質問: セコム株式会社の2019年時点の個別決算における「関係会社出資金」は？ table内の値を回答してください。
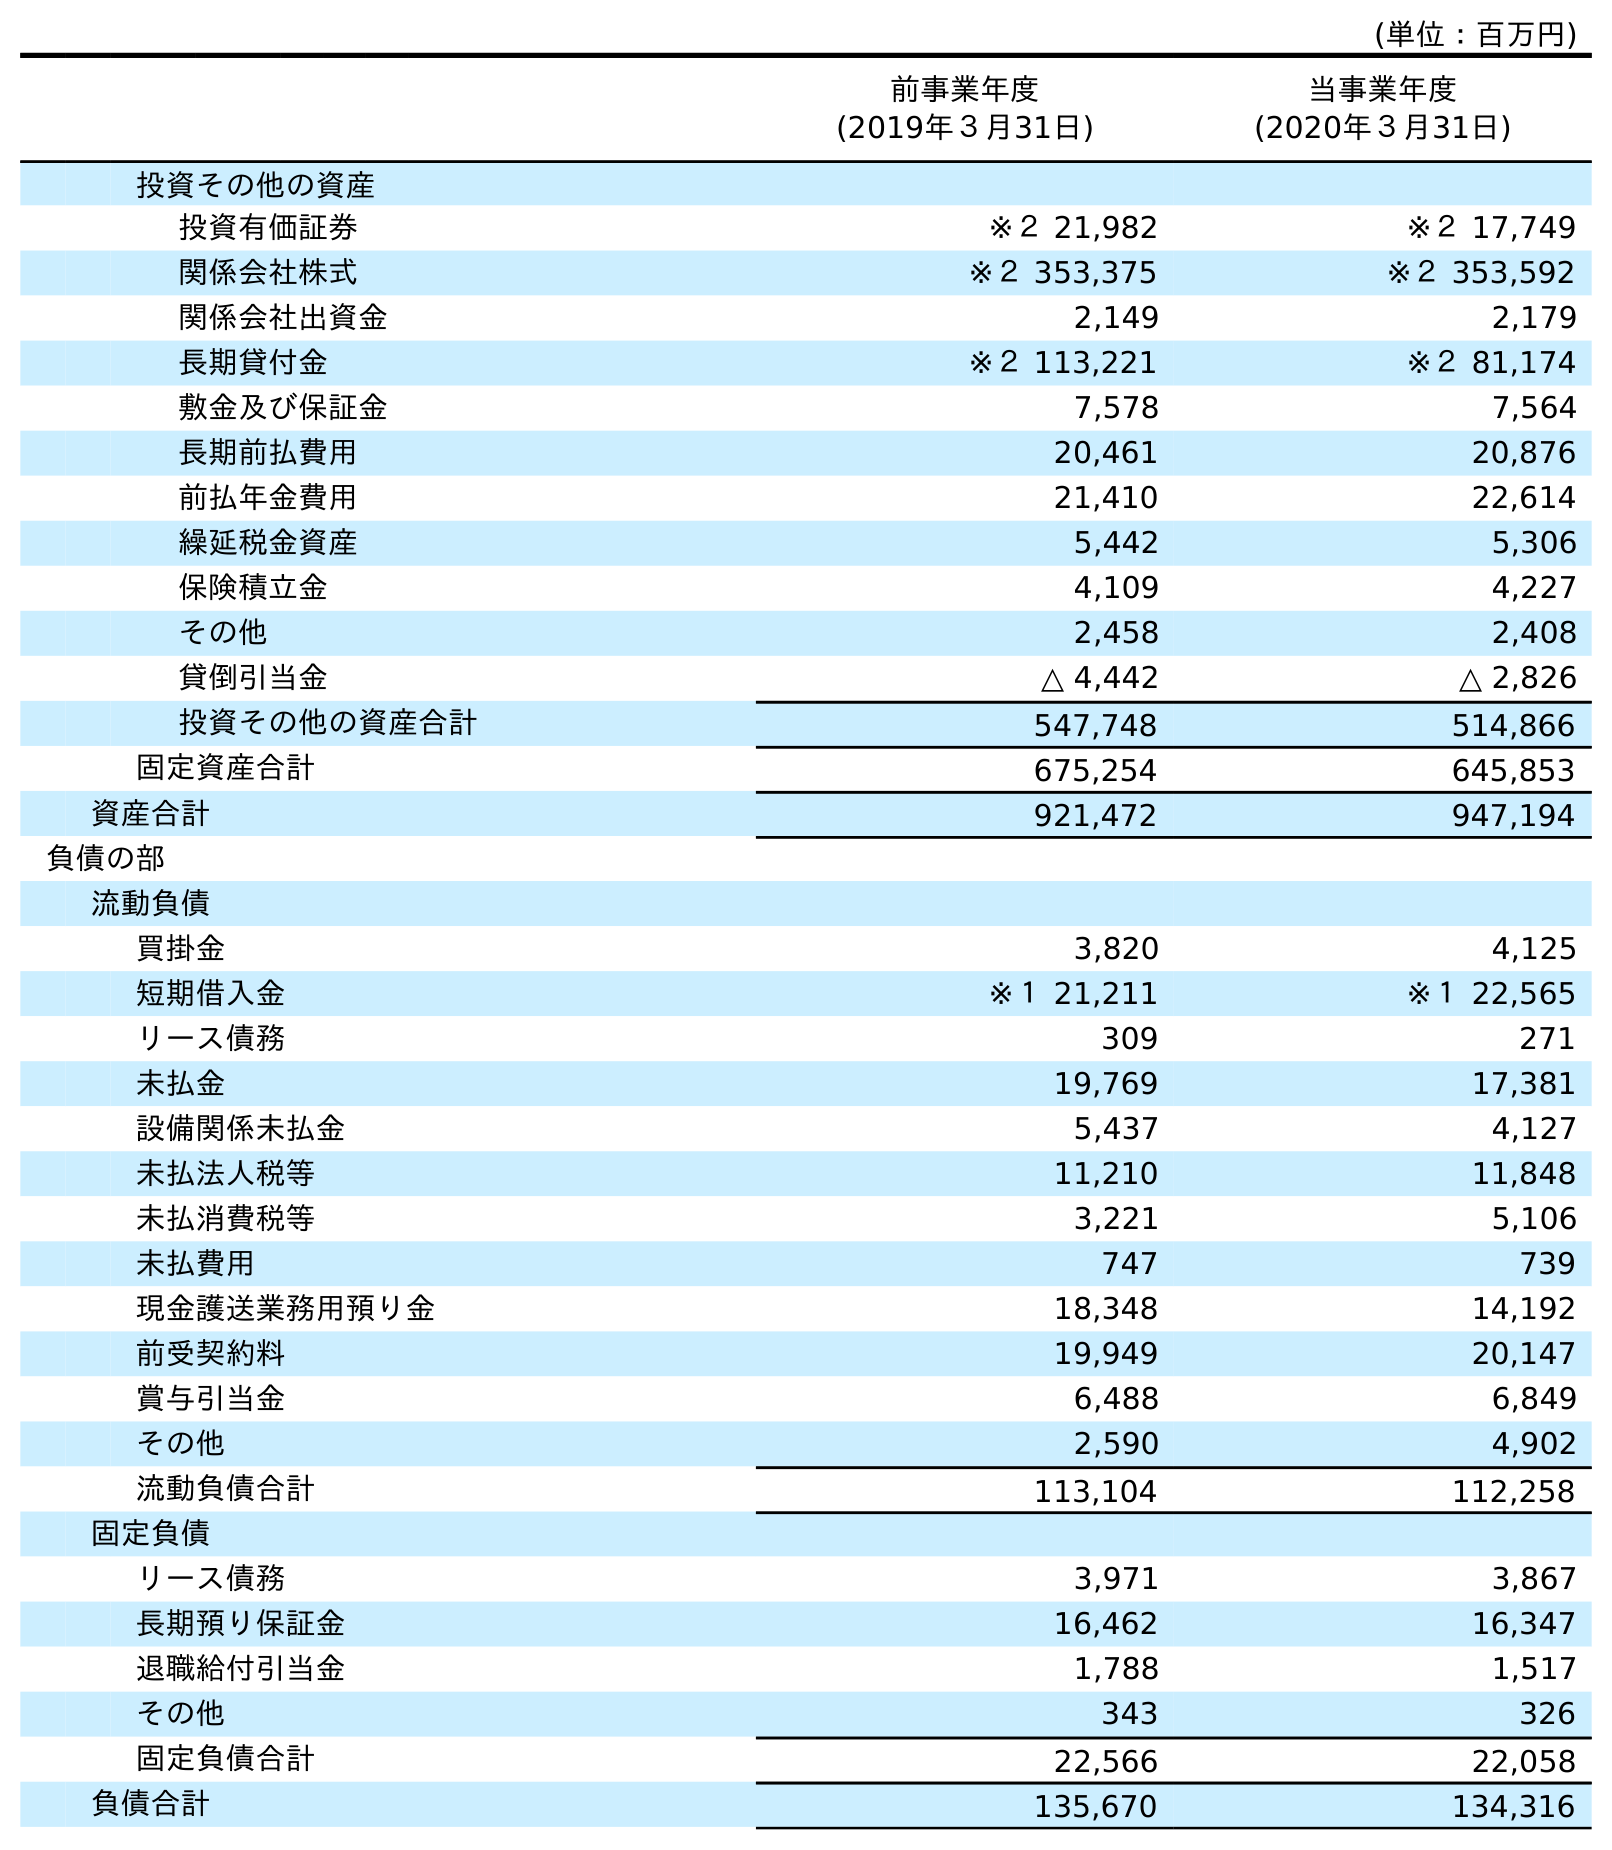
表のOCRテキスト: (単位：百万円) 前事業年度 (2019年３月31日) 当事業年度 (2020年３月31日) 投資その他の資産 投資有価証券 ※２ 21,982 ※２ 17,749 関係会社株式 ※２ 353,375 ※２ 353,592 関係会社出資金 2,149 2,179 長期貸付金 ※２ 113,221 ※２ 81,174 敷金及び保証金 7,578 7,564 長期前払費用 20,461 20,876 前払年金費用 21,410 22,614 繰延税金資産 5,442 5,306 保険積立金 4,109 4,227 その他 2,458 2,408 貸倒引当金 △ 4,442 △ 2,826 投資その他の資産合計 547,748 514,866 固定資産合計 675,254 645,853 資産合計 921,472 947,194 負債の部 流動負債 買掛金 3,820 4,125 短期借入金 ※１ 21,211 ※１ 22,565 リース債務 309 271 未払金 19,769 17,381 設備関係未払金 5,437 4,127 未払法人税等 11,210 11,848 未払消費税等 3,221 5,106 未払費用 747 739 現金護送業務用預り金 18,348 14,192 前受契約料 19,949 20,147 賞与引当金 6,488 6,849 その他 2,590 4,902 流動負債合計 113,104 112,258 固定負債 リース債務 3,971 3,867 長期預り保証金 16,462 16,347 退職給付引当金 1,788 1,517 その他 343 326 固定負債合計 22,566 22,058 負債合計 135,670 134,316
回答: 2,149